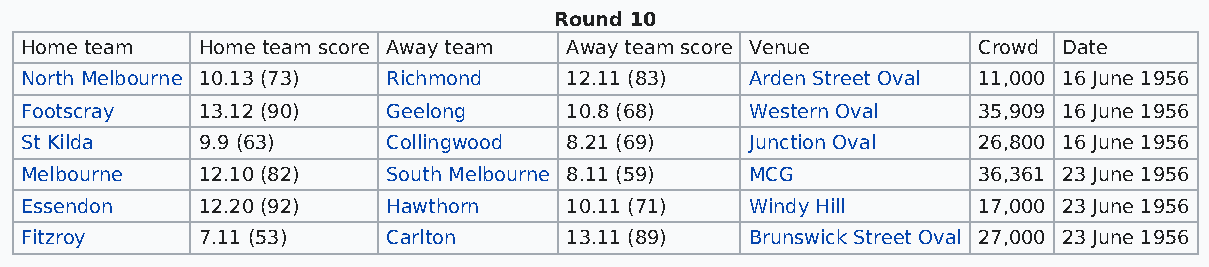
Round 10
 Home team   Home team score Away team Away team score Venue     Crowd Date
 North Melbourne 10.13 (73) Richmond 12.11 (83)   Arden Street Oval 11,000 16 June 1956
 Footscray   13.12 (90)   Geelong    10.8 (68)    Western Oval   35,909 16 June 1956
 St Kilda    9.9 (63)     Collingwood 8.21 (69)   Junction Oval  26,800 16 June 1956
 Melbourne   12.10 (82)   South Melbourne 8.11 (59) MCG          36,361 23 June 1956
 Essendon    12.20 (92)   Hawthorn   10.11 (71)   Windy Hill     17,000 23 June 1956
 Fitzroy     7.11 (53)    Carlton    13.11 (89)   Brunswick Street Oval 27,000 23 June 1956